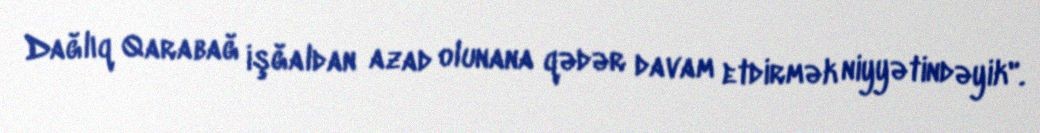
Dağlıq Qarabağ işğaldan azad olunana qədər davam etdirmək niyyətindəyik".